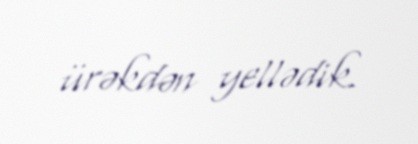
ürəkdən yellədik.